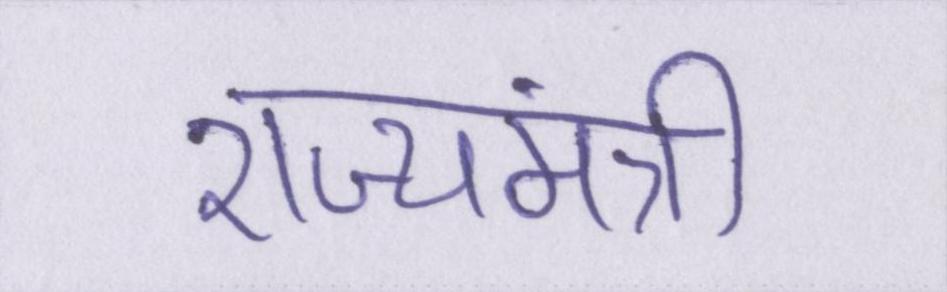
राज्यमंत्री